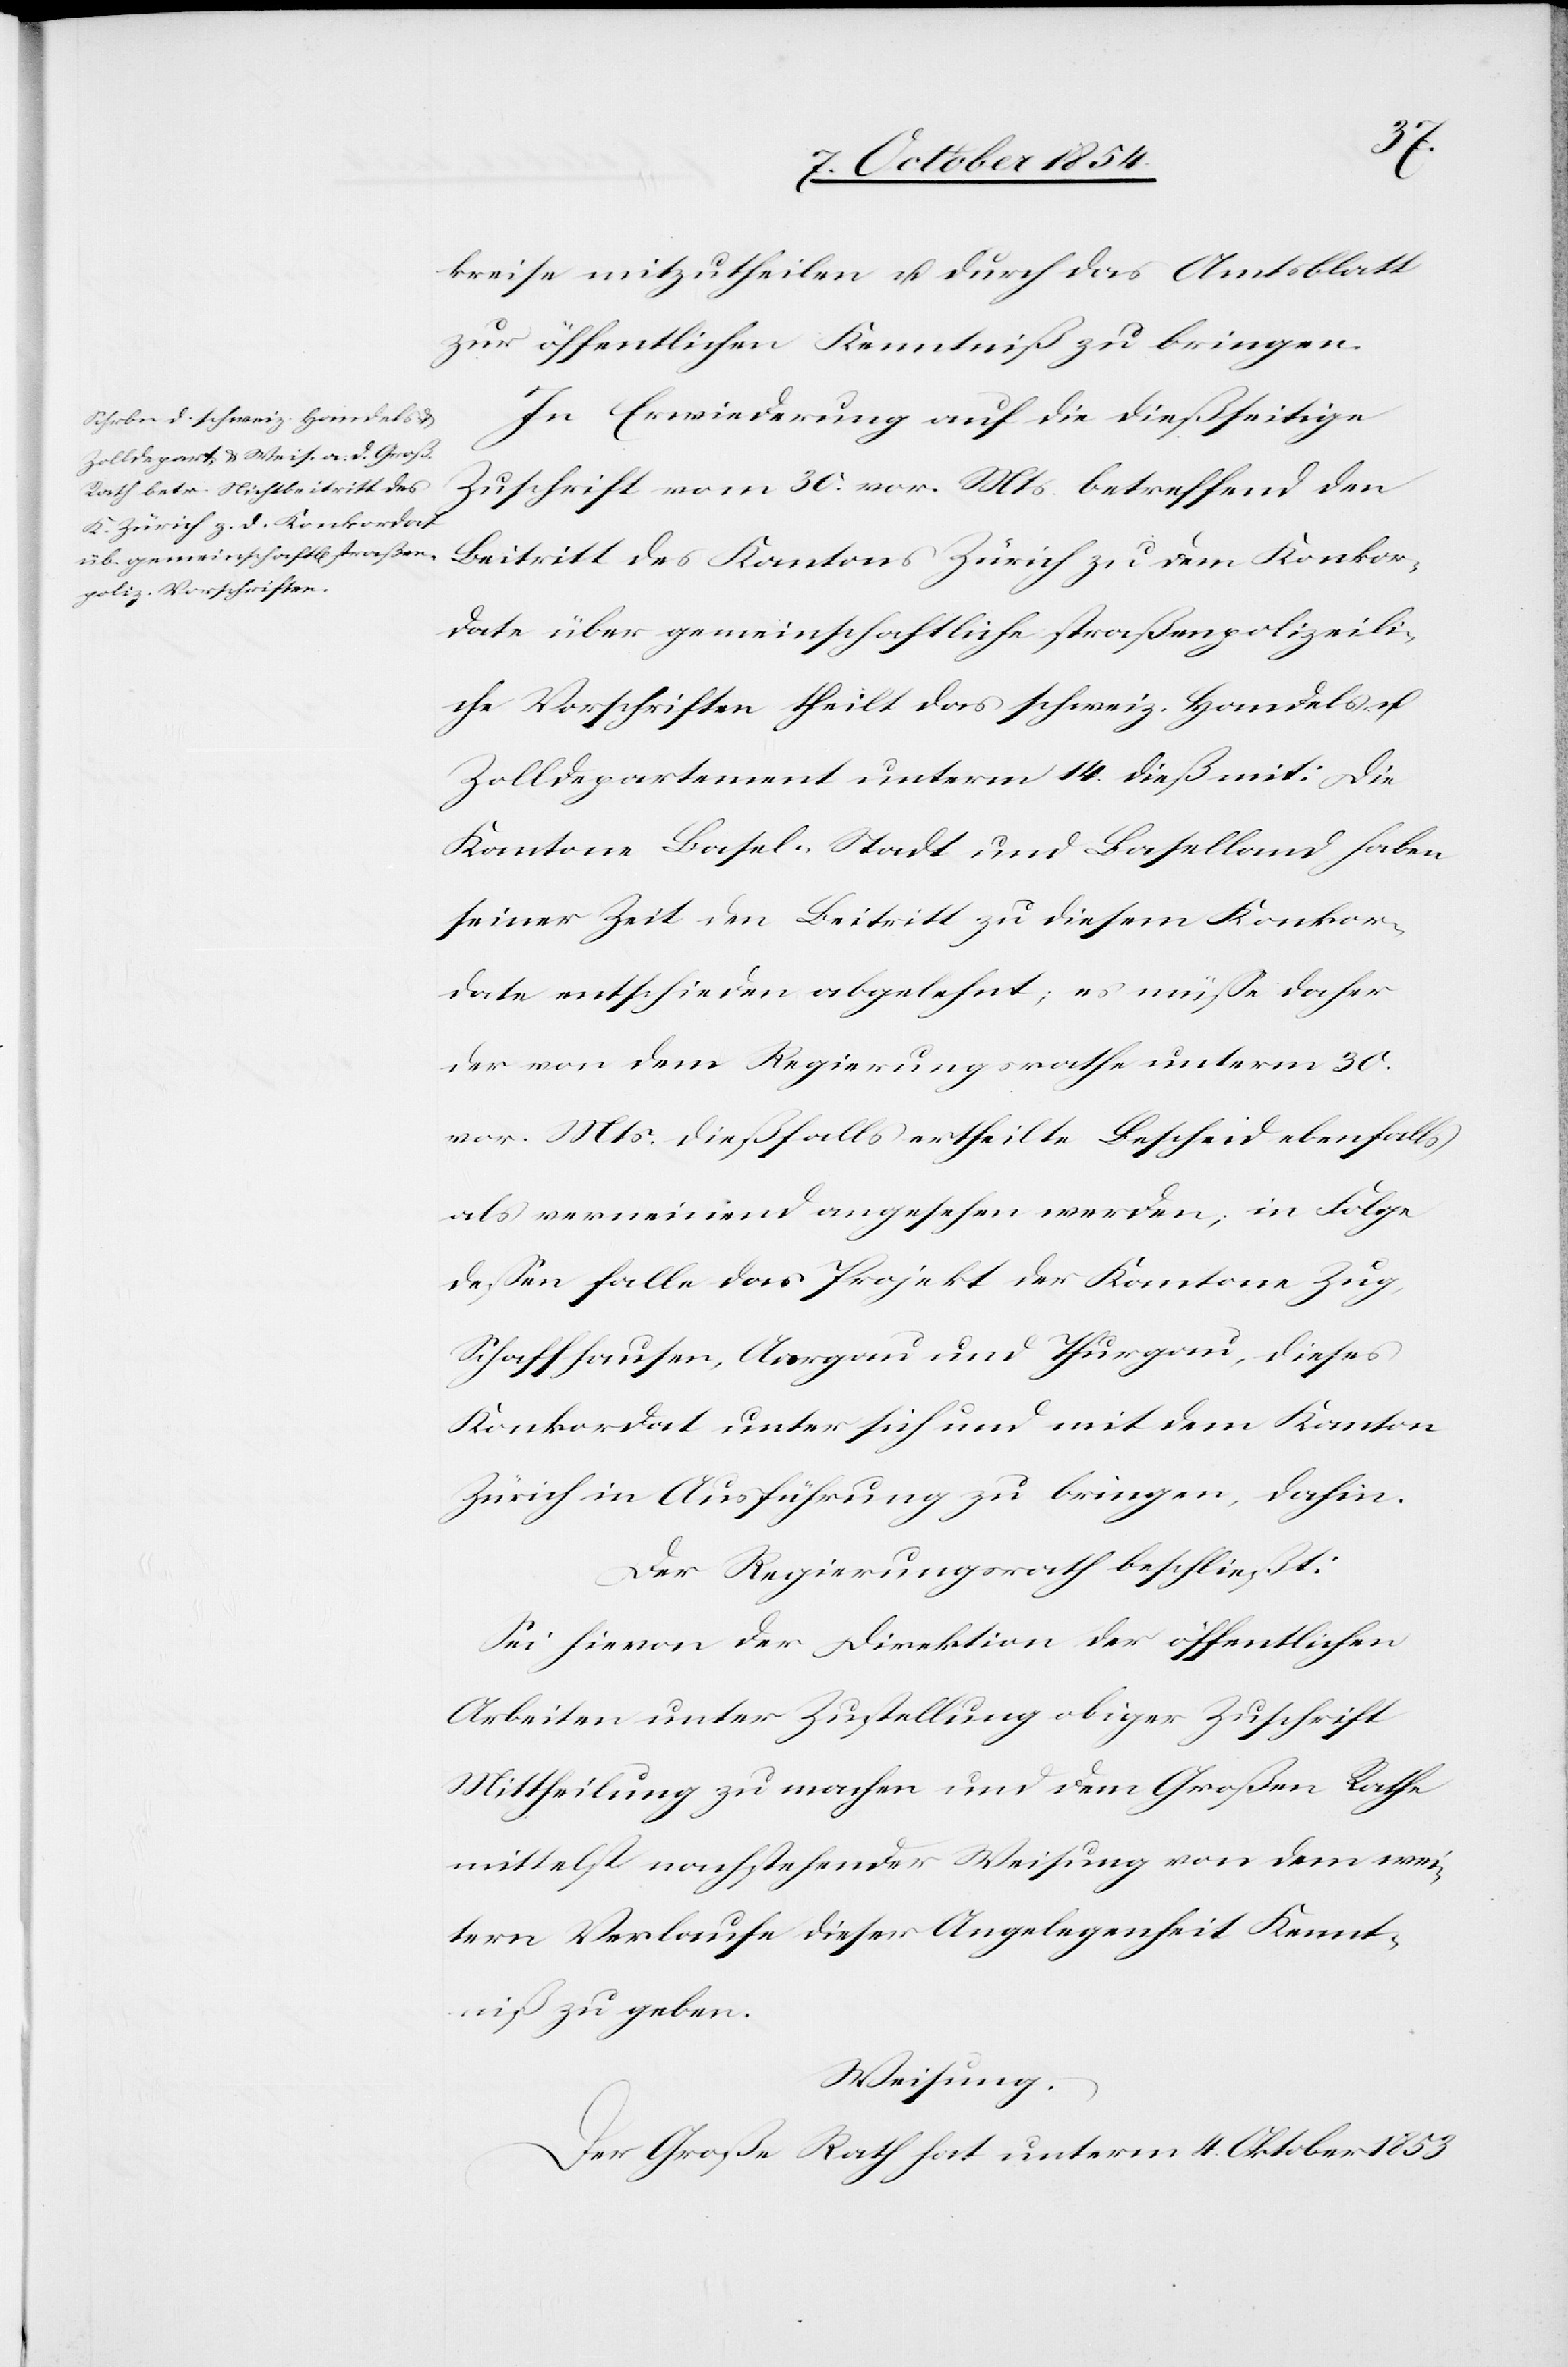
kreise mitzutheilen u. durch das Amtsblatt
zur öffentlichen Kenntniß zu bringen.
In Erwiederung auf die dießseitige
Zuschrift vom 30. vor. Mts. betreffend den
Zürich zu dem Konkorda¬
te über gemeinschaftliche straßenpolizeili¬
che Vorschriften theilt das schweiz. Handels- u.
Zolldepartement unterm 14. dieß mit: Die
Kantone Basel-Stadt und Baselland haben
seiner Zeit den Beitritt zu diesem Konkor¬
date entschieden abgelehnt; es müße daher
der von dem Regierungsrathe unterm 30.
vor. Mts. dießfalls ertheilte Bescheid ebenfalls
als verneinend angesehen werden; in Folge
deßen falle das Projekt der Kantone Zug,
Schaffhausen, Aargau und Thurgau, dieses
Konkordat unter sich und mit dem Kanton
Zürich in Ausführung zu bringen, dahin.
Der Regierungsrath beschließt:
Sei hievon der Direktion der öffentlichen
Arbeiten unter Zustellung obiger Zuschrift
Mittheilung zu machen und dem Großen Rathe
mittelst nachstehender Weisung von dem wei¬
tern Verlaufe dieser Angelegenheit Kennt¬
niß zu geben.
Weisung.
Der Große Rath hat unterm 4. Oktober 1853